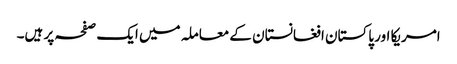
امریکا اور پاکستان افغانستان کے معاملہ میں ایک صفحہ پر ہیں۔